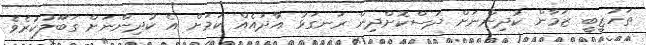
ތަހުޒީބީ ޒަމާން ކުދިންނަށް ދަސްކޮށްދިން ރަނގަޅު އާދައެއް ކަމަށް އެ ކުދިންނަށް ގަބޫލުކުރެވެ